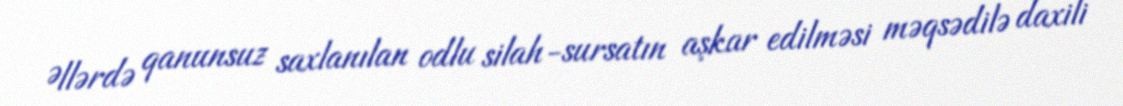
Əllərdə qanunsuz saxlanılan odlu silah-sursatın aşkar edilməsi məqsədilə daxili